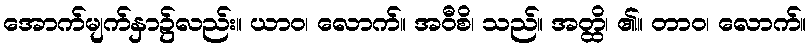
အောက်မျက်နှာ၌လည်း။ ယာဝ၊ လောက်။ အဝီစိ၊ သည်။ အတ္ထိ၊ ၏။ တာဝ၊ လောက်။